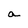
Character: a